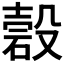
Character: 𥔳